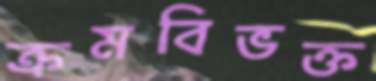
ক্রমবিভক্ত